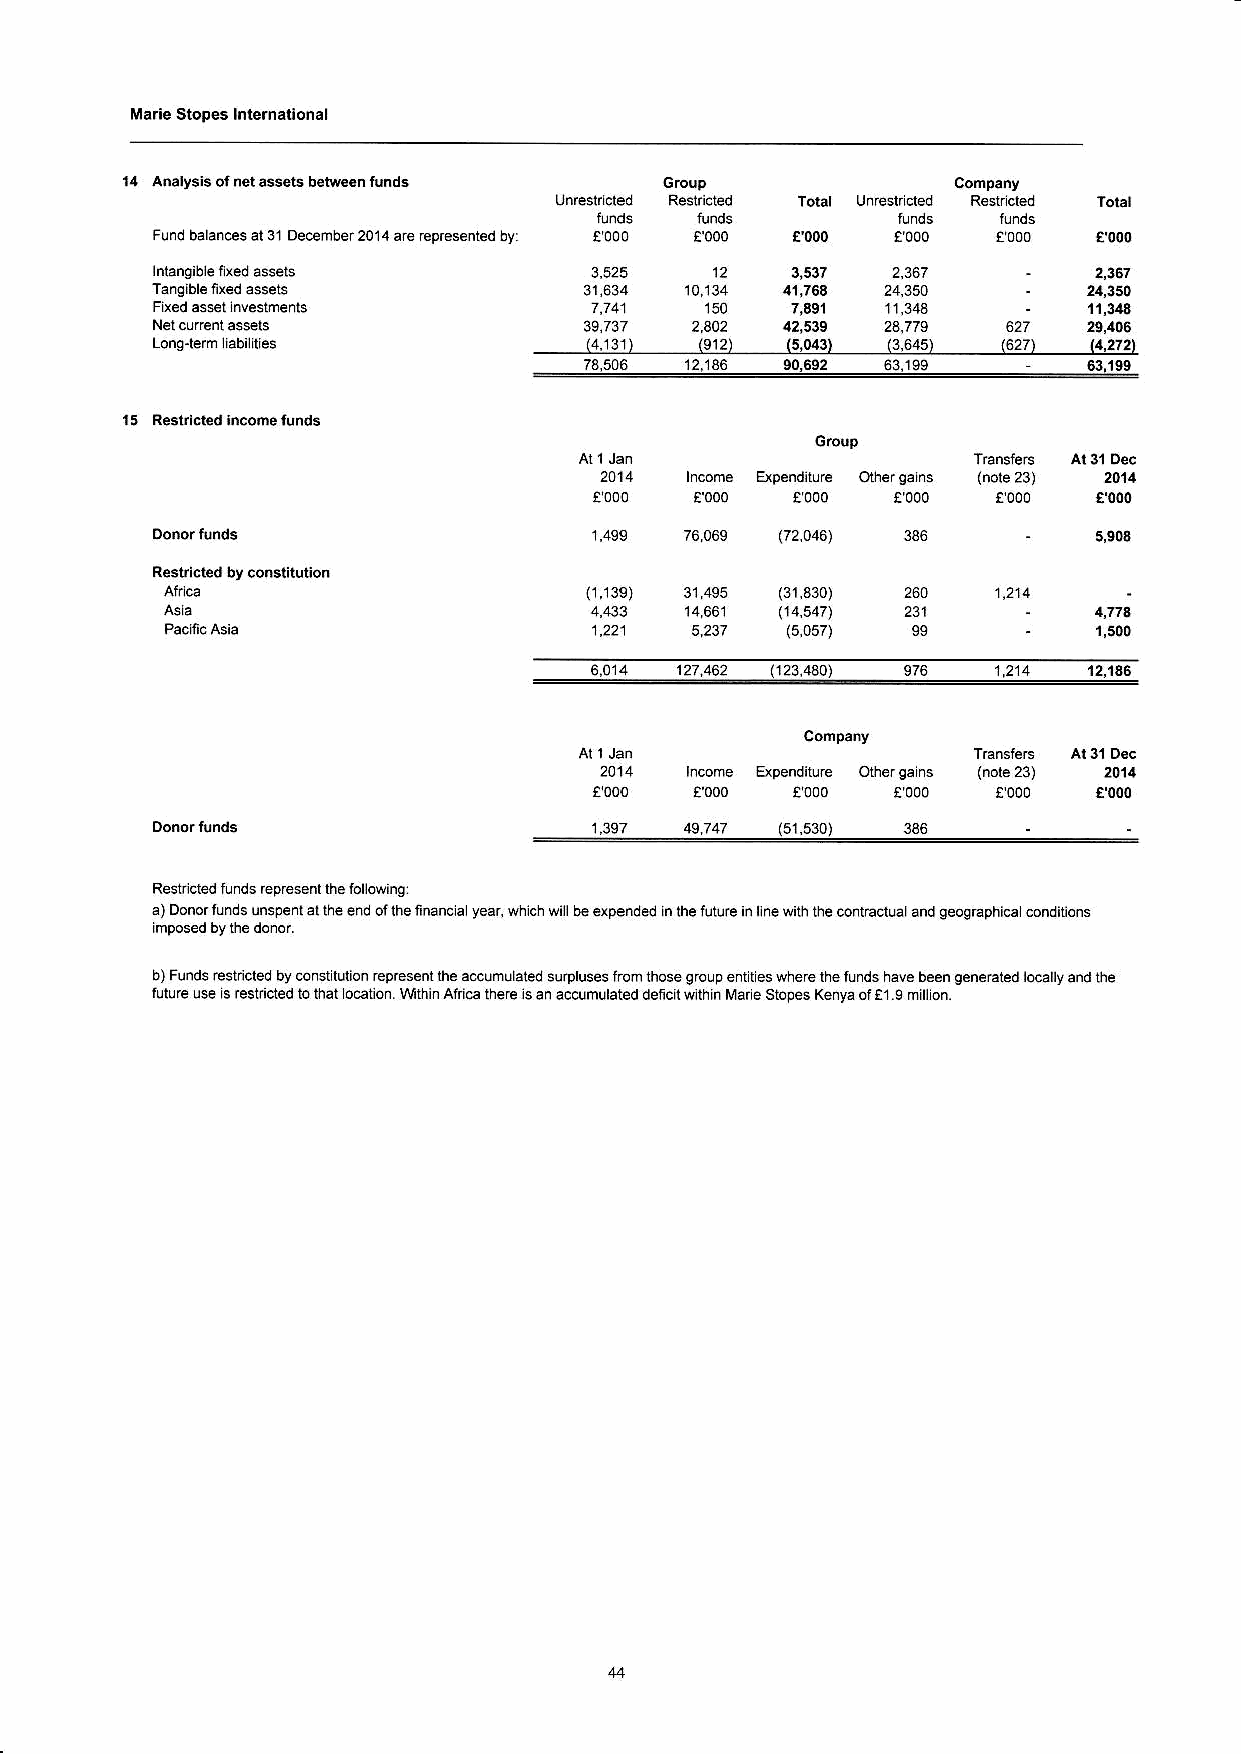
Ma.ie Stopes lnternallonal
 14 analysis of nel e6t3 b6tw..n tunds                  Compey
 Tord unr6tded Rerrcl€d
 lunds
 funds
 Fund balan@s al 31 De@mber 201,1 aro rep€sented by: ! 000 9'000 t'000 4 000
 lnlanglble ired assets               12   3,537  2,X7
 41,764
 24,350
 a*i                                    7,A91
 F Y.d lNestments                     150         113,4        11,34
 42,539 24,779
 (4,r3r) 2(,394212) (5,043) (3,6451 (662727)
 (r,272)
 73,506 1r,136
 90,6
 l5
 Resirlcled lncome funds
 Group
 lncome ape.dilure OherA.ns
 €000   !000  ! 000
 (72,046)
 Resl cted by conslitulion
 (1,139)      (31,330) 260  ,r.o-
 114.547)
 5 231 (5,057)
 12,146
 Company
 Income Expenditure Olherga ns
 1000
 (51,530)
 336
 Resnided lunds GpEsenl lhe foll@ingl
 a) Donor fund s unspenl at ihe end oI the finano a year, whlch will be expended h the tutue in lhe lvh ule @nmct@t and geoqEphica @ndilions
 b) Funds esldcted by @nsl lulion repEsont the .@umulaled su@luses ,rcm those group enr r es where lh6 fuids have been geneEted l@ally and the
 fulue u* is rcshcied io lhal o€boi. vMihin Alri€ ihee is an ac@mutaied deltctt e hin M4 e siop6 K6iya ol tl .g mil on.